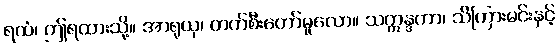
ရထံ၊ ဤရထားသို့။ အာရုယှ၊ တက်စီးတော်မူလော။ သဣန္ဒကာ၊ သိကြားမင်းနှင့်